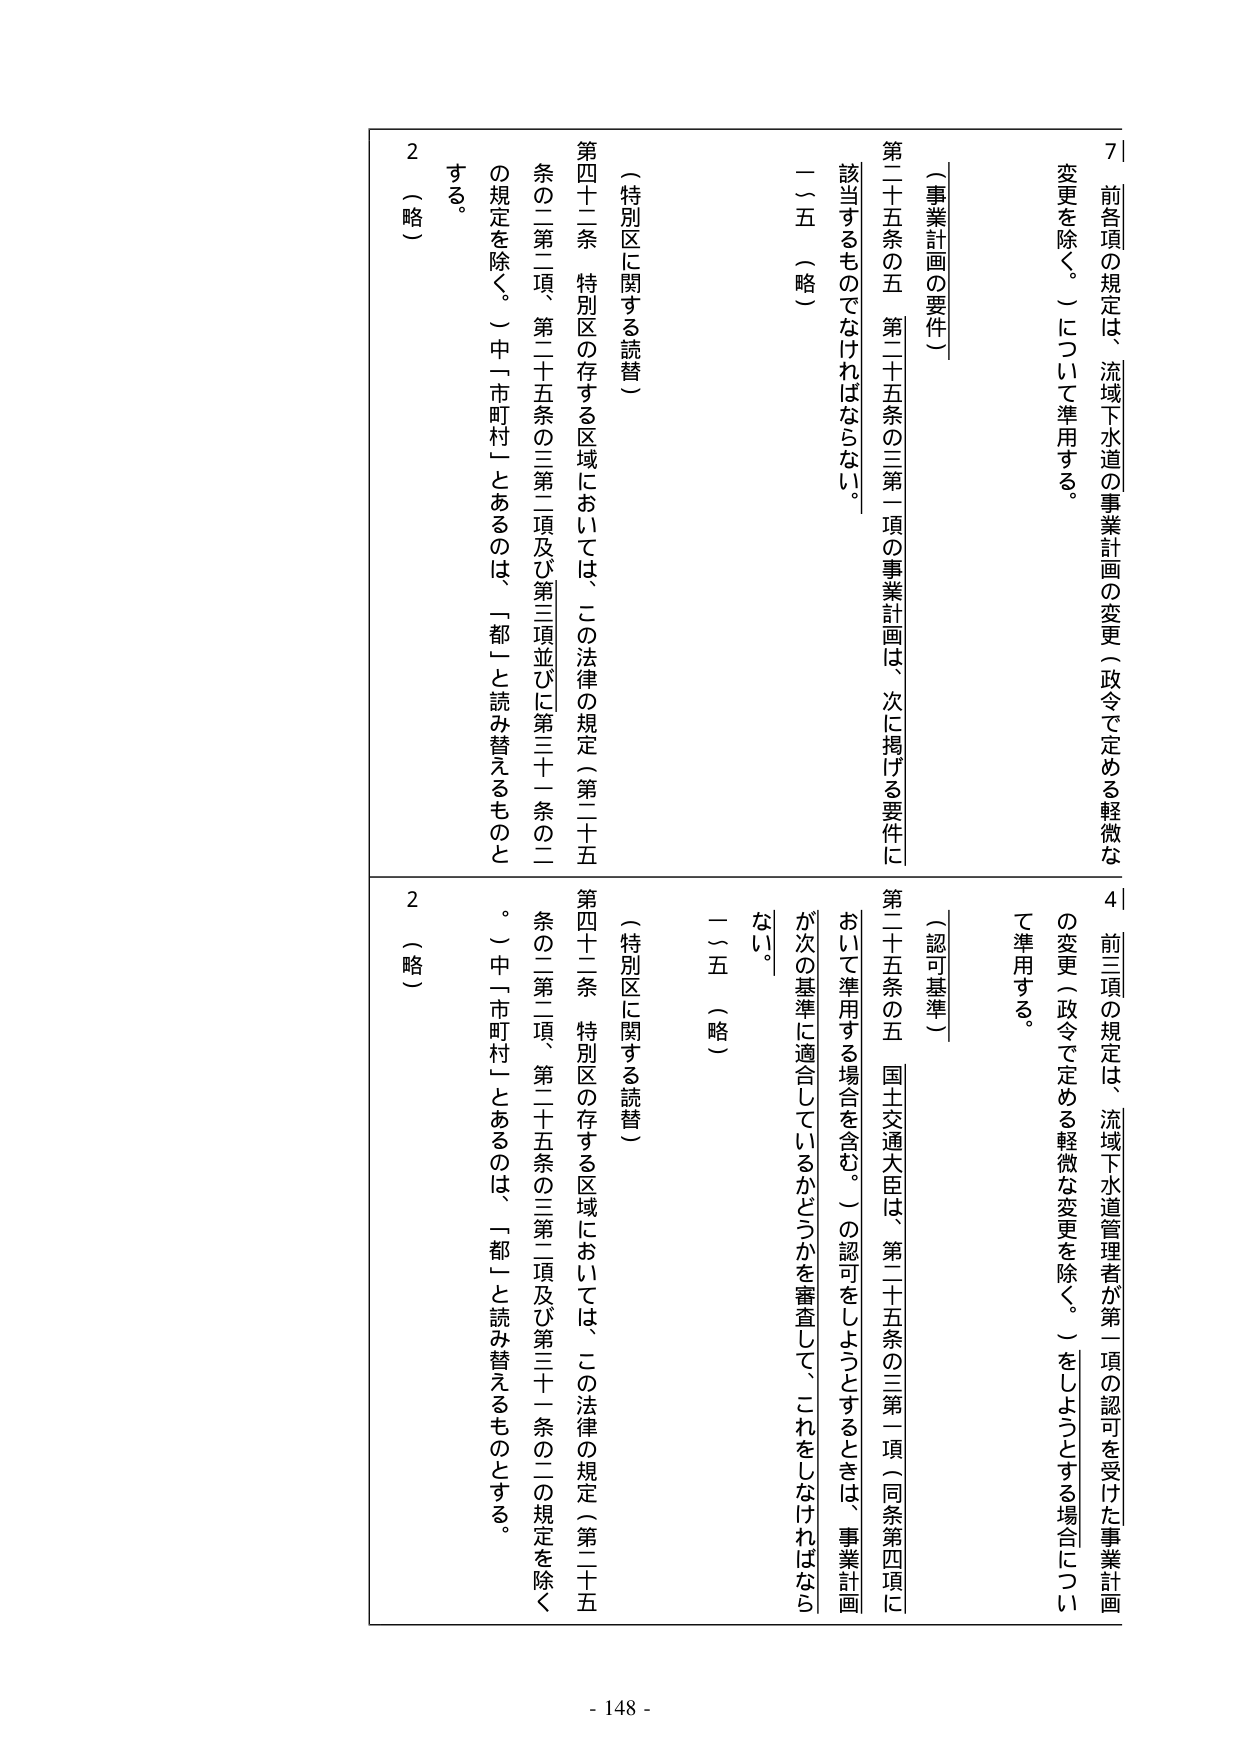
7 前各項の規定は、流域下水道の事業計画の変更（政令で定める軽微な変更を除く。）について準用する。

（事業計画の要件）
第二十五条の五 第二十五条の三第一項の事業計画は、次に掲げる要件に該当するものでなければならない。
一～五 （略）

（特別区に関する読替）
第四十二条 特別区の存する区域においては、この法律の規定（第二十五条の二第二項、第二十五条の三第二項及び第三項並びに第三十一条の二の規定を除く。）中「市町村」とあるのは、「都」と読み替えるものとする。
2 （略）

4 前三項の規定は、流域下水道管理者が第一項の認可を受けた事業計画の変更（政令で定める軽微な変更を除く。）をしようとする場合について準用する。

（認可基準）
第二十五条の五 国土交通大臣は、第二十五条の三第一項（同条第四項において準用する場合を含む。）の認可をしようとするときは、事業計画が次の基準に適合しているかどうかを審査して、これをしなければならない。
一～五 （略）

（特別区に関する読替）
第四十二条 特別区の存する区域においては、この法律の規定（第二十五条の二第二項、第二十五条の三第二項及び第三十一条の二の規定を除く。）中「市町村」とあるのは、「都」と読み替えるものとする。
2 （略）

- 148 -